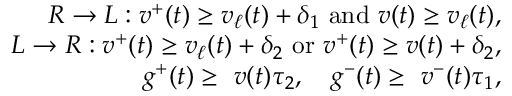
\begin{array} { r } { R \rightarrow L : v ^ { + } ( t ) \geq v _ { \ell } ( t ) + \delta _ { 1 } \ \mathrm { a n d } \ v ( t ) \geq v _ { \ell } ( t ) , } \\ { L \rightarrow R : v ^ { + } ( t ) \geq v _ { \ell } ( t ) + \delta _ { 2 } \ \mathrm { o r } \ v ^ { + } ( t ) \geq v ( t ) + \delta _ { 2 } , } \\ { g ^ { + } ( t ) \geq \ v ( t ) \tau _ { 2 } , \quad g ^ { - } ( t ) \geq \ v ^ { - } ( t ) \tau _ { 1 } , } \end{array}